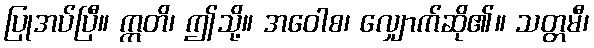
ပြုအပ်ပြီ။ ဣတိ၊ ဤသို့။ အဝေါစ၊ လျှောက်ဆို၏။ သတ္တမီ၊